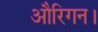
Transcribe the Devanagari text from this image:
औरिगन।